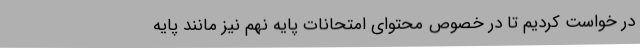
در خواست کردیم تا در خصوص محتوای امتحانات پایه نهم نیز مانند پایه